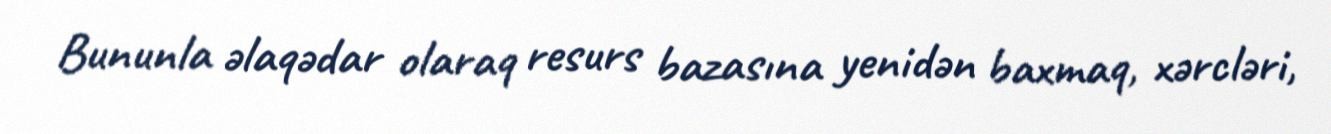
Bununla əlaqədar olaraq resurs bazasına yenidən baxmaq, xərcləri,